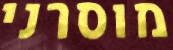
מוסרני